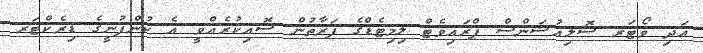
އަދި ވޯޓަރ ސޮލިއުޝަންސް ޕްރައިވެޓް ލިމިޓެޑްގެ ފަރާތުން ސޮއިކުރެއްވީ އެ ކުންފުނީގެ ޑިރެކްޓަރ